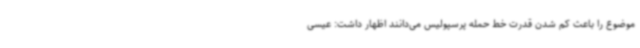
موضوع را باعث کم شدن قدرت خط حمله پرسپولیس می‌دانند اظهار داشت: عیسی